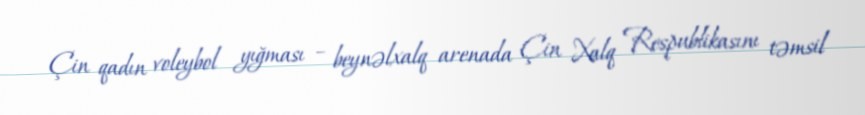
Çin qadın voleybol yığması – beynəlxalq arenada Çin Xalq Respublikasını təmsil